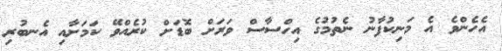
އެހެންވެ އެ މަނިކުފާނު ނެތުމުގެ އިހްސާސް ވަރަށް ބޮޑަށް ކުރެއްވޭ ކަމަށާއި އެނބުރި